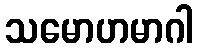
သမောဟမာဂါ